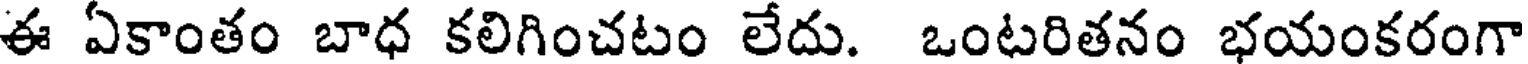
ఈ ఏకాంతం బాధ కలిగించటం లేదు. ఒంటరితనం భయంకరంగా